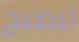
ليصبح